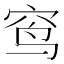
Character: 窎